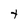
Character: t